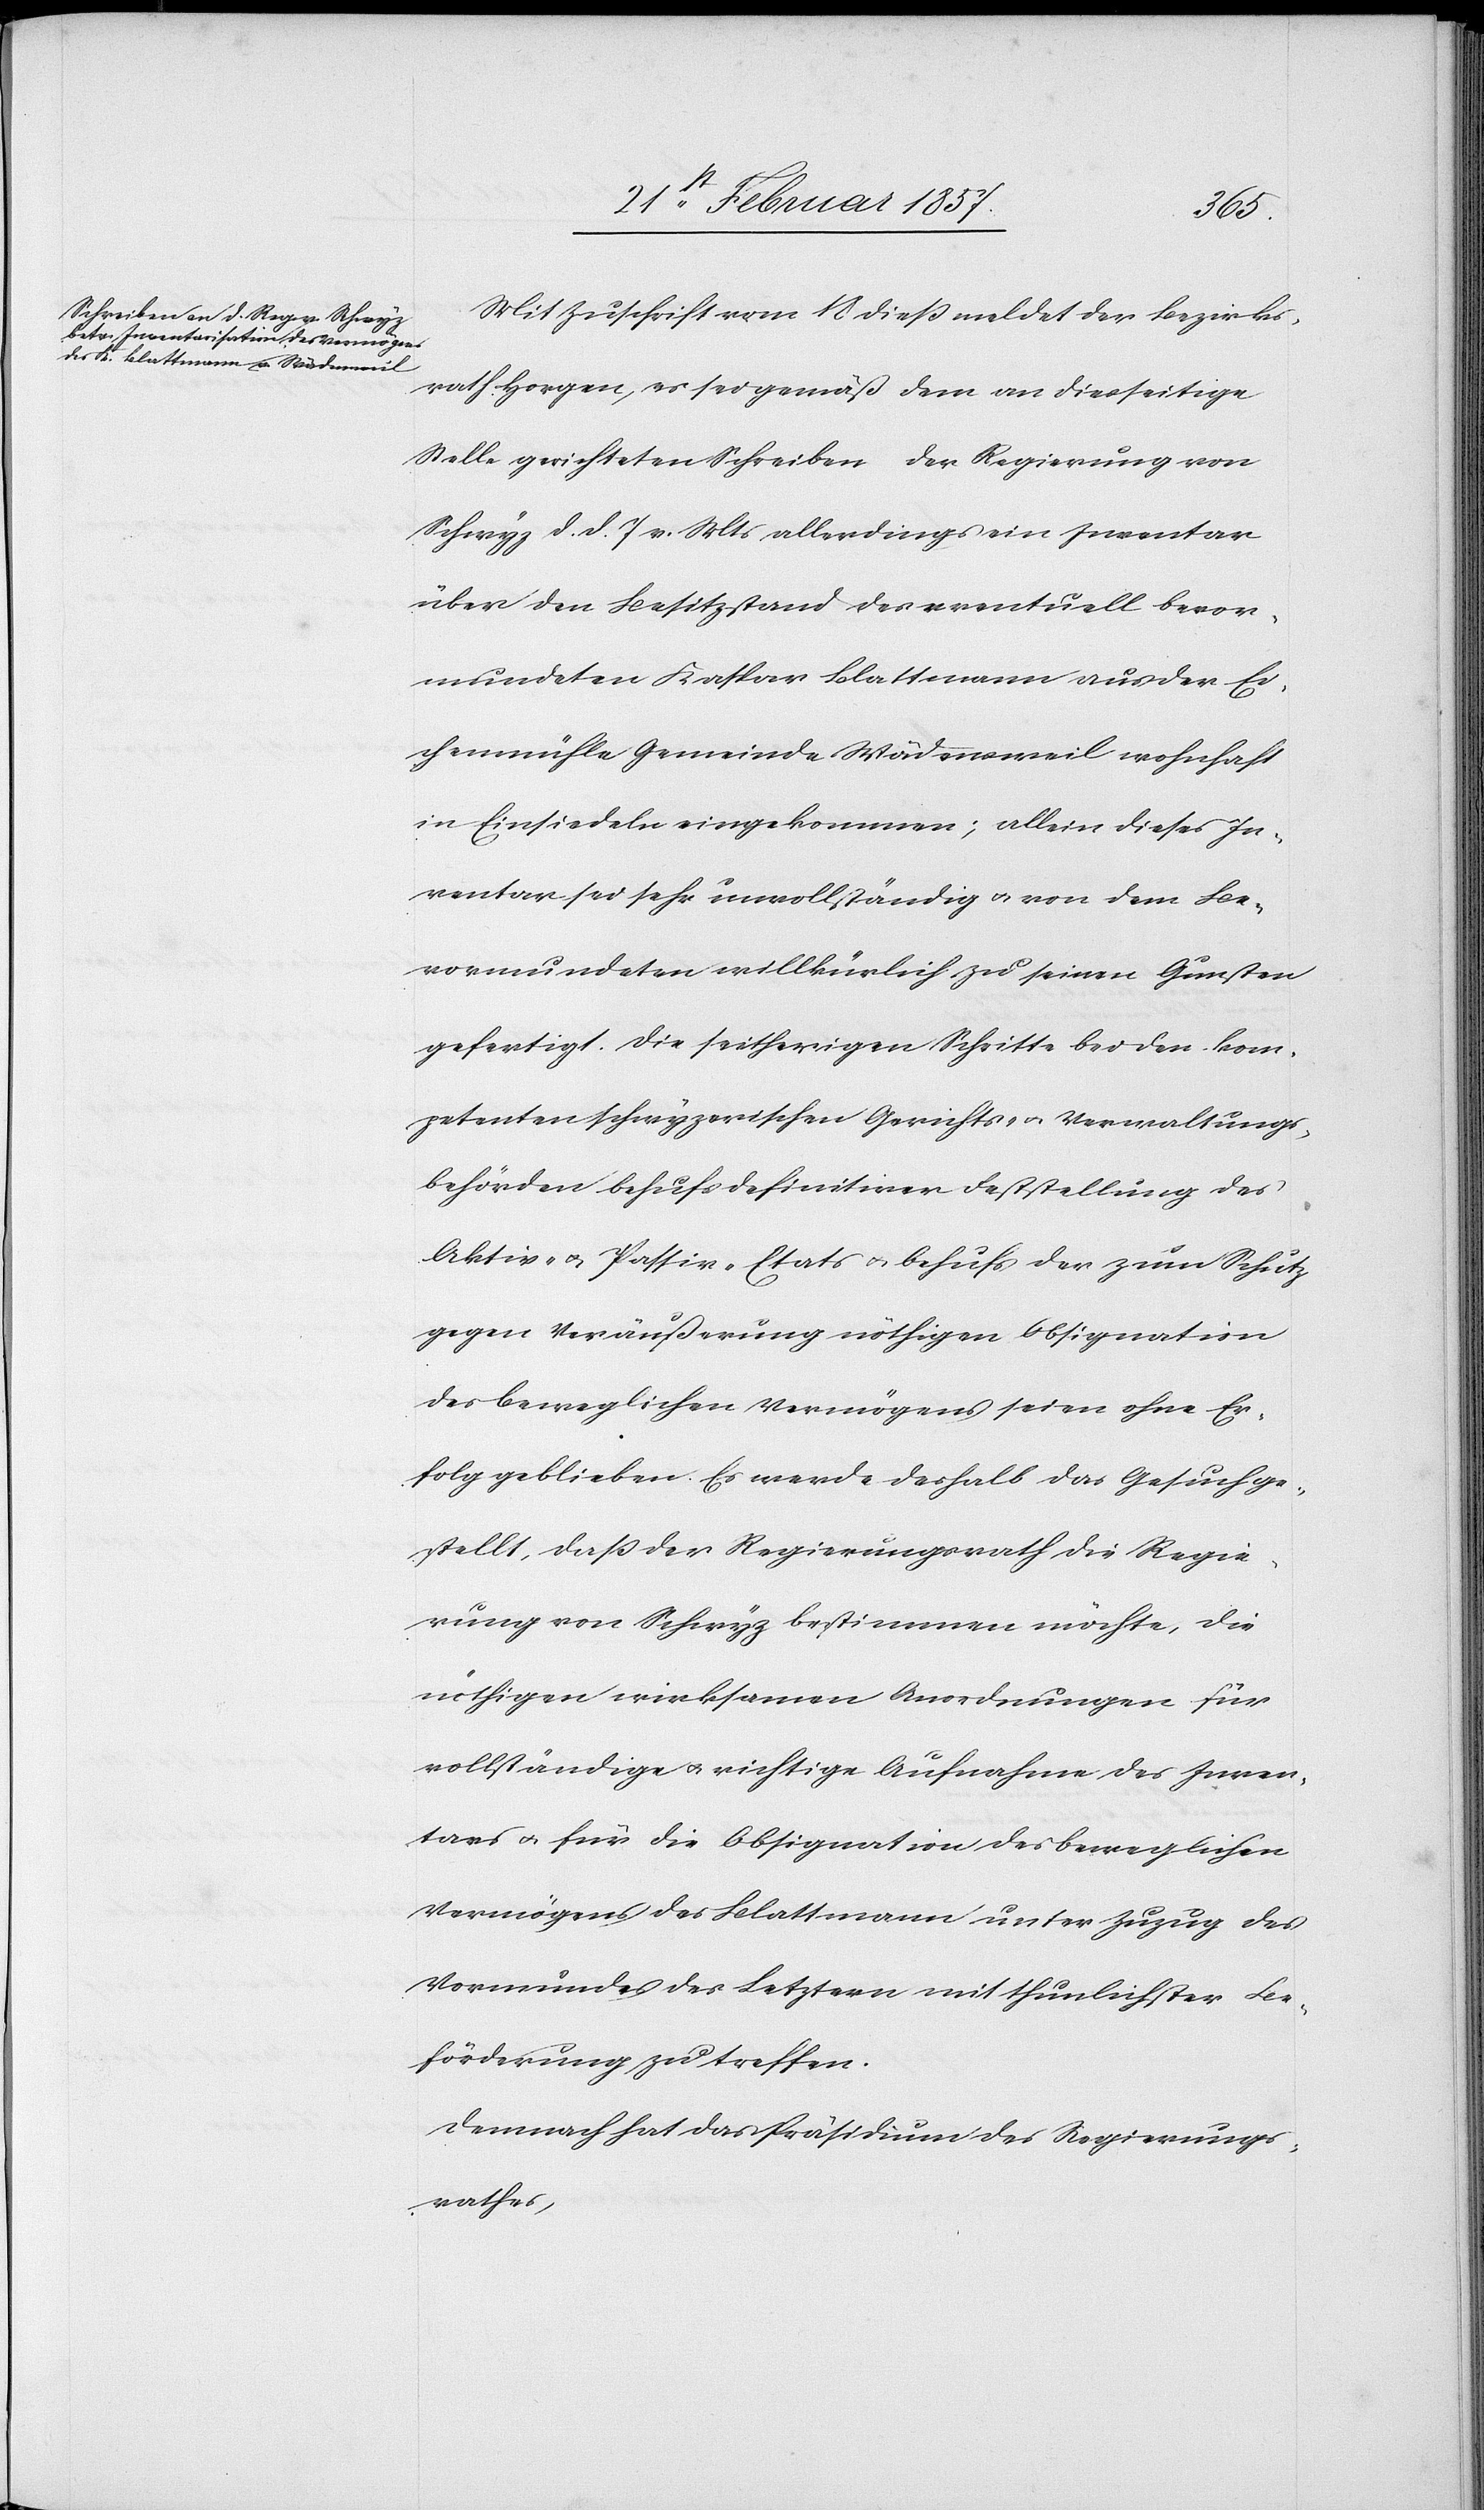
24 Februar 1857.]
Mit Zuschrift vom 18 dieß meldet der Bezirks¬
rath Horgen, es sei gemäß dem an diesseitige
Stelle gerichteten Schreiben der Regierung von
Schwyz d. d. 7 v. Mts allerdings ein Inventar
über den Besitzstand des eventuell bevor¬
mundeten Kaspar Blattmann aus der Ei¬
chenmühle Gemeinde Wädensweil wohnhaft
in Einsiedeln eingekommen; allein dieses In¬
ventar sei sehr unvollständig u. von dem Be¬
vormundeten willkürlich zu seinen Gunsten
gefertigt. Die seitherigen Schritte bei den kom¬
petenten schwyzerischen Gerichts- u. Verwaltungs¬
behörden behufs definitiver Feststellung des
Aktiv- u. Passiv-Etats u. behufs der zum Schutz
gegen Veräußerung nöthigen Obsignation
des beweglichen Vermögens seien ohne Er¬
folg geblieben. Es werde deshalb das Gesuch ge¬
stellt, daß der Regierungsrath die Regie¬
rung von Schwyz bestimmen möchte, die
nöthigen wirksamen Anordnungen für
vollständige u. richtige Aufnahme des Inven¬
tars u. für die Obsignation des beweglichen
Vermögens des Blattmann unter Zuzug des
Vormundes des Letztern mit thunlichster Be¬
förderung zu treffen.
Demnach hat das Präsidium des Regierungs¬
rathes,